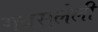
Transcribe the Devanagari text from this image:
गवसलेली